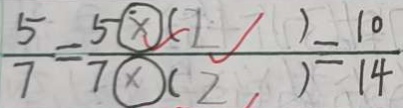
\frac { 5 } { 7 } = \frac { 5 \textcircled { \times } ( 2 ) } { 7 \textcircled { \times } ( 2 ) } = \frac { 1 0 } { 1 4 }